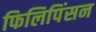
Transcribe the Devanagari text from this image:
फिलिपिंसन